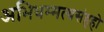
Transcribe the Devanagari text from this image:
अभिधम्मत्थसंहहो